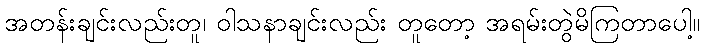
အတန်းချင်းလည်းတူ၊ ဝါသနာချင်းလည်း တူတော့ အရမ်းတွဲမိကြတာပေါ့။